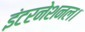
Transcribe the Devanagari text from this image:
इंटरनेशनल।